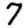
Digit: 7